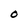
Character: O